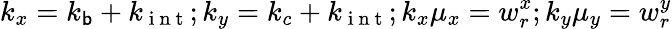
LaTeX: k_{x}=k_{\mathsf{b}}+k_{\mathrm{{~i~n~t~}}};k_{y}=k_{c}+k_{\mathrm{{~i~n~t~}}};k_{x}\mu_{x}=w_{r}^{x};k_{y}\mu_{y}=w_{r}^{y}